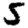
Digit: 5